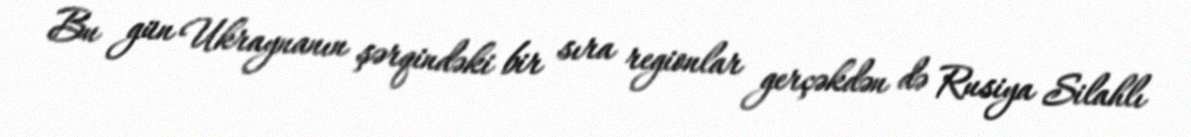
Bu gün Ukraynanın şərqindəki bir sıra regionlar gerçəkdən də Rusiya Silahlı